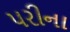
પરીના